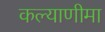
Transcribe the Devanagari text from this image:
कल्‍याणीमा